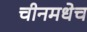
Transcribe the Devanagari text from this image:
चीनमधेच